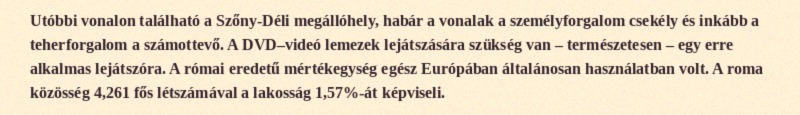
Utóbbi vonalon található a Szőny-Déli megállóhely, habár a vonalak a személyforgalom csekély és inkább a teherforgalom a számottevő. A DVD–videó lemezek lejátszására szükség van – természetesen – egy erre alkalmas lejátszóra. A római eredetű mértékegység egész Európában általánosan használatban volt. A roma közösség 4,261 fős létszámával a lakosság 1,57%-át képviseli.